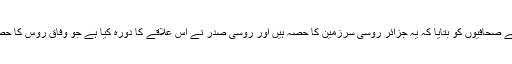
انہوں نے صحافیوں کو بتایا کہ یہ جزائر روسی سرزمین کا حصہ ہیں اور روسی صدر نے اس علاقے کا دورہ کیا ہے جو وفاق روس کا حصہ ہے۔